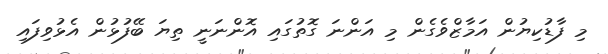
މި ފާޑުކިޔުން އަމާޒްވެގެން މި އަންނަ ގޮތުގައި އޮންނަނީ ތިޔަ ބޭފުޅުން އެޅުވިފައި